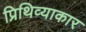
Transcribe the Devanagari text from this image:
प्रिथिव्याकार